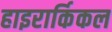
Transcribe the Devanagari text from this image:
हाइरार्किकल